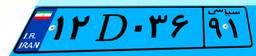
۸۶D۰۰۳۷۸